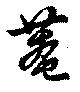
菴